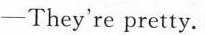
—They're pretty.